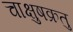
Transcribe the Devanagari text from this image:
चाक्षुषक्रतु